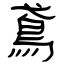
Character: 鳶